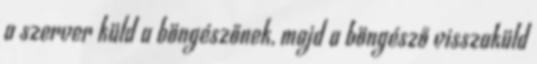
a szerver küld a böngészőnek, majd a böngésző visszaküld